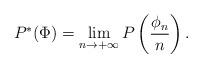
LaTeX: \begin{align*}P^*(\Phi) = \lim\limits_{n \to +\infty}P\left(\dfrac{\phi_n}{n}\right).\end{align*}